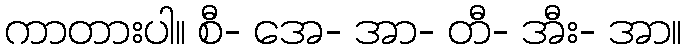
ကာတားပါ။ စီ- အေ- အာ- တီ- အီး- အာ။